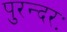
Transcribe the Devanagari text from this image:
पुरन्दरः